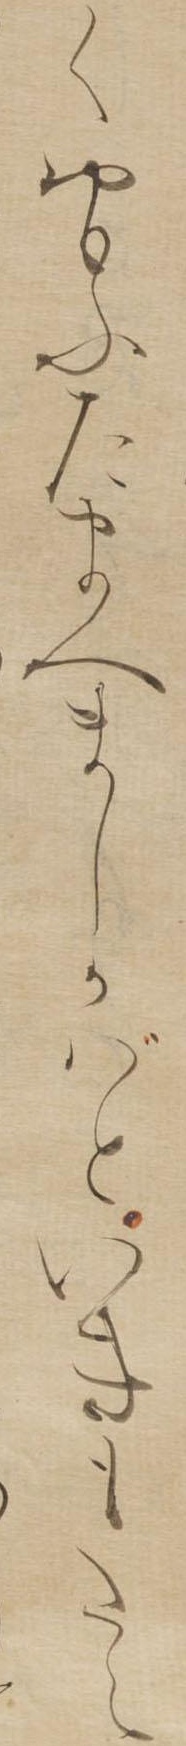
くおもふたまへましかばといきもたえ